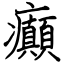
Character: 癲